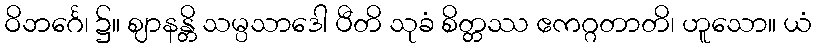
ဝိဘင်္ဂေ၊ ၌။ ဈာနန္တိ သမ္ပသာဒေါ ပီတိ သုခံ စိတ္တဿ ဧကဂ္ဂတာတိ၊ ဟူသော။ ယံ